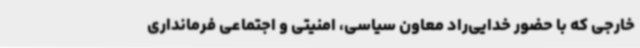
خارجی که با حضور خدایی‌راد معاون سیاسی، امنیتی و اجتماعی فرمانداری